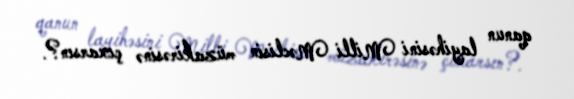
qanun layihəsini Milli Məclisin müzakirəsinə çıxarsın?.